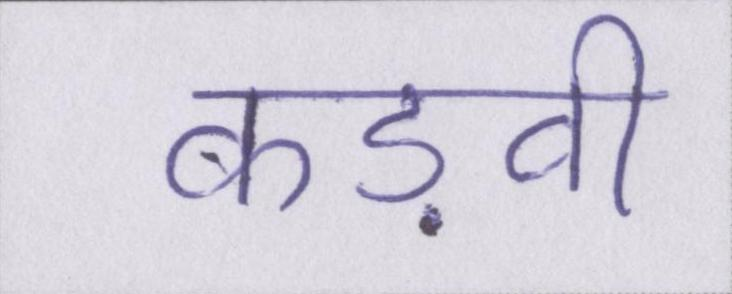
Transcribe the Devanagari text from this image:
कड़वी